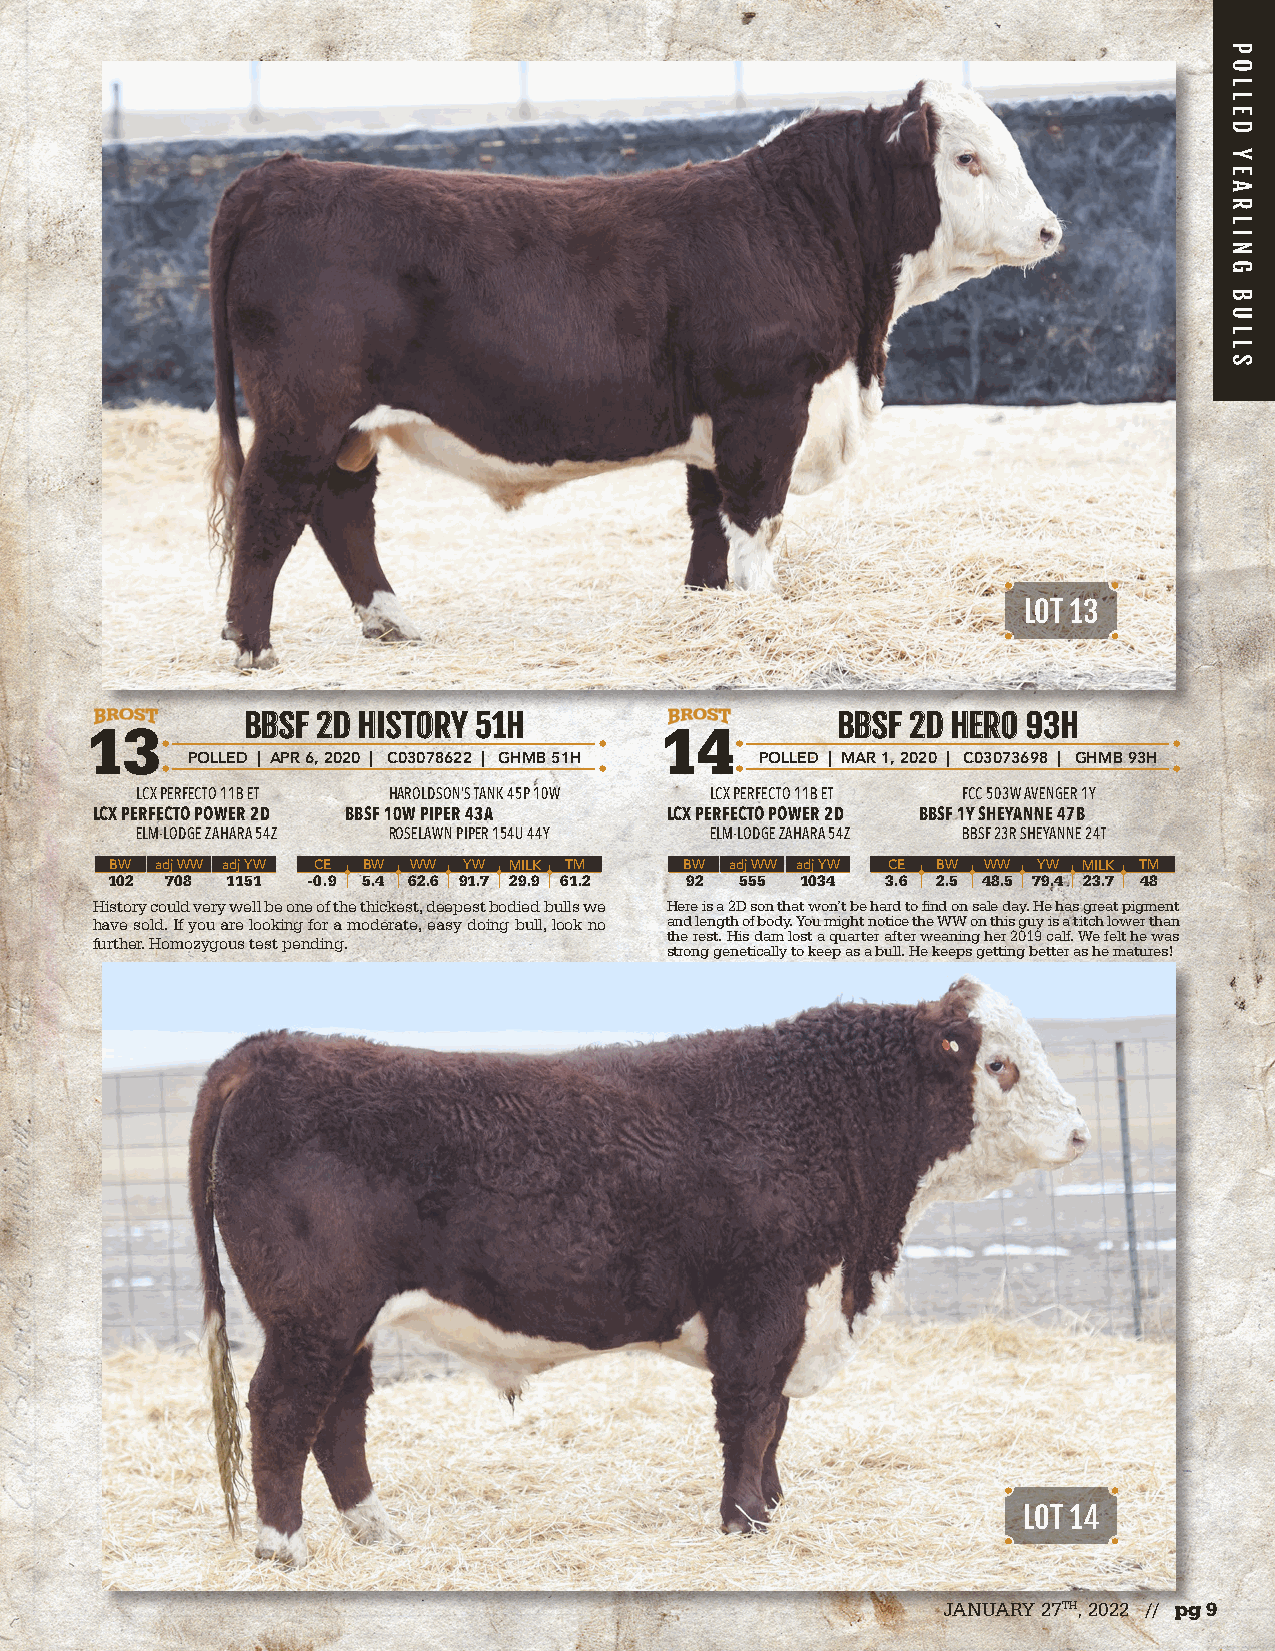
LOT 13
 BBBBSSFF 22DD HHIISSTTOORRYY 5511HH    BBBBSSFF 22DD HHEERROO 9933HH
 13                                    14
 POLLED | APR 6, 2020 | C03078622 | GHMB 51H POLLED | MAR 1, 2020 | C03073698 | GHMB 93H
 LCX PERFECTO 11B ET HAROLDSON’S TANK 45P 10W LCX PERFECTO 11B ET FCC 503W AVENGER 1Y
 LCX PERFECTO POWER 2D BBSF 10W PIPER 43A LCX PERFECTO POWER 2D BBSF 1Y SHEYANNE 47B
 ELM-LODGE ZAHARA 54Z ROSELAWN PIPER 154U 44Y ELM-LODGE ZAHARA 54Z BBSF 23R SHEYANNE 24T
 BW adj WW adj YW CE BW WW YW MILK TM  BW adj WW adj YW CE BW WW YW MILK TM
 102 708 1151 -0.9 5.4 62.6 91.7 29.9 61.2 92 555 1034 3.6 2.5 48.5 79.4 23.7 48
 History could very well be one of the thickest, deepest bodied bulls we Here is a 2D son that won’t be hard to find on sale day. He has great pigment
 have sold. If you are looking for a moderate, easy doing bull, look no and length of body. You might notice the WW on this guy is a titch lower than
 the rest. His dam lost a quarter after weaning her 2019 calf. We felt he was
 further. Homozygous test pending.
 strong genetically to keep as a bull. He keeps getting better as he matures!
 LOT 14
 JANUARY 27TH, 2022 // pg 9
 POLLED
 YEARLING
 BULLS